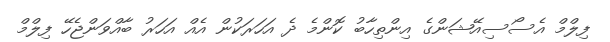
ފިލްމް އެސޯސިއޭޝަންގެ އިންތިހާބު ކޮންމެ ދެ އަހަރަކުން އެއް އަހަރު ބާއްވަންޖެހޭ ފިލްމް